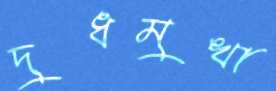
দুধমুখা